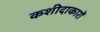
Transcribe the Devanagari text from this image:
कशीदाकारों